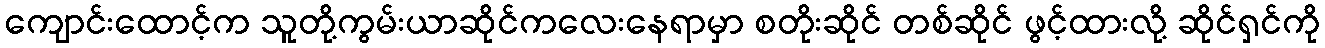
ကျောင်းထောင့်က သူတို့ကွမ်းယာဆိုင်ကလေးနေရာမှာ စတိုးဆိုင် တစ်ဆိုင် ဖွင့်ထားလို့ ဆိုင်ရှင်ကို